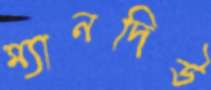
ম্যানদিউ